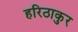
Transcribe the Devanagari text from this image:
हरिठाकुर